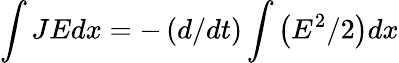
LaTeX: \int JEdx=-\left(d/dt\right)\int\left(E^{2}/2\right)dx